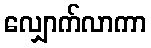
လျှောက်လာကာ